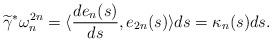
LaTeX: \begin{align*}\widetilde{\gamma}^*\omega_n^{2n}=\langle\frac{de_n(s)}{ds},e_{2n}(s)\rangle ds=\kappa_n(s)ds.\end{align*}